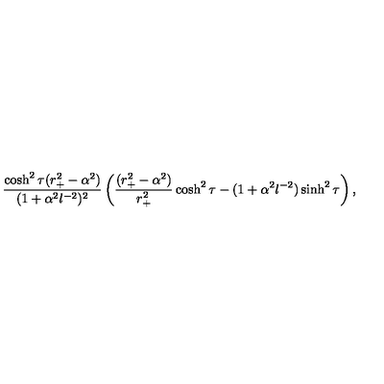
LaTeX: { \frac { \cosh ^ { 2 } \tau ( r _ { + } ^ { 2 } - \alpha ^ { 2 } ) } { ( 1 + \alpha ^ { 2 } l ^ { - 2 } ) ^ { 2 } } } \left( { \frac { ( r _ { + } ^ { 2 } - \alpha ^ { 2 } ) } { r _ { + } ^ { 2 } } } \cosh ^ { 2 } \tau - ( 1 + \alpha ^ { 2 } l ^ { - 2 } ) \sinh ^ { 2 } \tau \right) ,